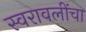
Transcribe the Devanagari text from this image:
स्वरावलींचा